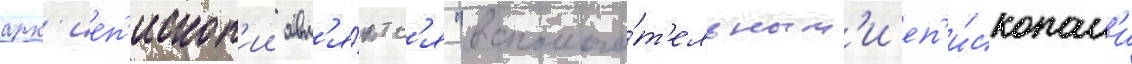
арх'иеп'ископ'ии явл'я́ютс'я "вспомога́т'ельным'и еп'и́скопам'и